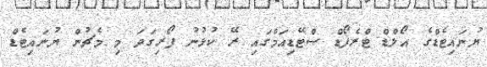
ޔުނައިޓެޑްގެ އޯލްޑް ޓްރެފޯޑް ސްޓޭޑިއަމްގައި ރޭ ކުޅުނު ފޯރިގަދަ މި މެޗުން ޔުނައިޓެޑް